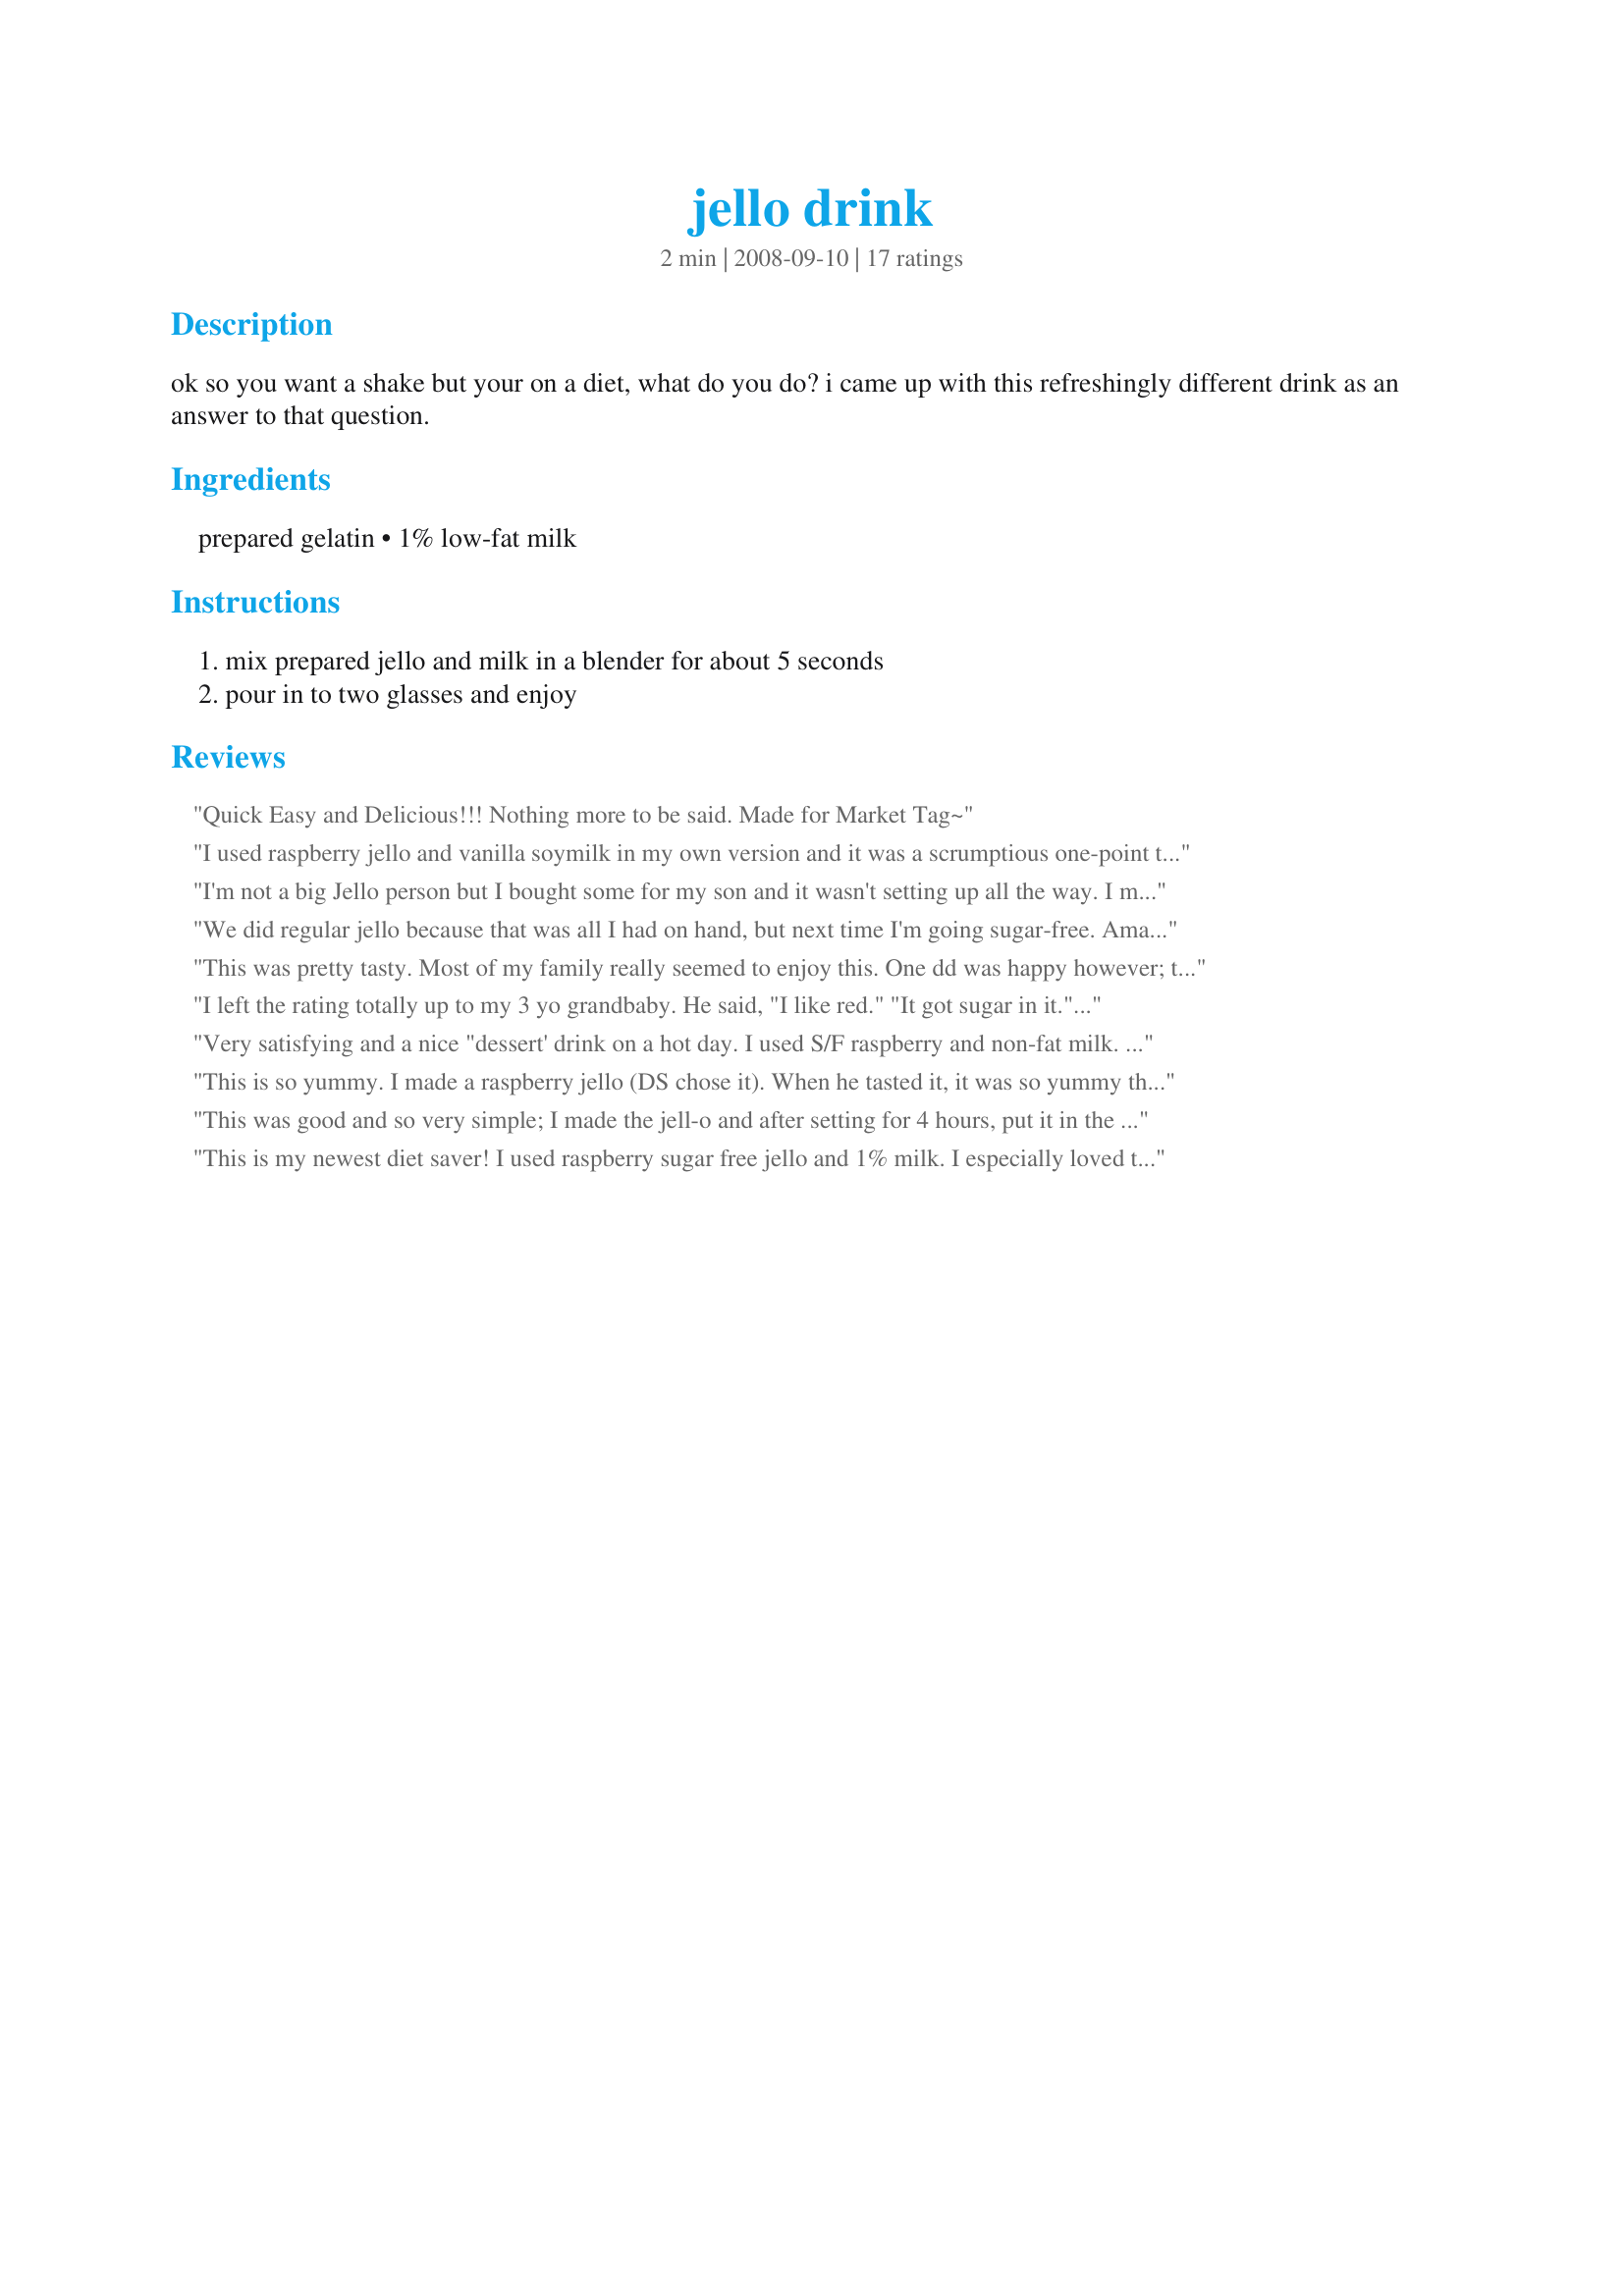
jello drink
Preparation time: 2 minutes

ok so you want a shake but your on a diet, what do you do? i came up with this refreshingly different drink as an answer to that question.

Ingredients:
prepared gelatin, 1% low-fat milk

Steps:
mix prepared jello and milk in a blender for about 5 seconds, pour in to two glasses and enjoy

Reviews:
Quick Easy and Delicious!!! Nothing more to be said. Made for Market Tag~
I used raspberry jello and vanilla soymilk in my own version and it was a scrumptious one-point treat. Now I want to find orange sugar-free jello to make a creamsicle. Thanks for a nifty snack to add to my low point repertoire.
I'm not a big Jello person but I bought some for my son and it wasn't setting up all the way. I must of added to much water or something lool. This is a great drink for when that happens or just in general. I did add some frozen mixed berries for a little slush cause of the heat. Thanks made for Ramadan Tag 09.
We did regular jello because that was all I had on hand, but next time I'm going sugar-free. Amazingly filling for the calories. Thanks Debbwl!
This was pretty tasty. Most of my family really seemed to enjoy this. One dd was happy however; to share her severing with her siblings. I am not a fan of Jell-O either, but I did like this. Made and Reviewed for the 29th AUS/NZ Recipe Swap.
I left the rating totally up to my 3 yo grandbaby. He said, "I like red." "It got sugar in it." "Look, I got a mustach." After which he drank it all up. I'd say that's equates to a five star recipe! Made for Everyday is a Holiday.
Very satisfying and a nice "dessert' drink on a hot day. I used S/F raspberry and non-fat milk. Looking forward to trying it with orange or lime jello.
This is so yummy. I made a raspberry jello (DS chose it). When he tasted it, it was so yummy that he started to dance with a big smile. Thanks Debbwl :) Made for Holiday tag game
This was good and so very simple; I made the jell-o and after setting for 4 hours, put it in the blender with 2 percent milk (what I had on hand) and about 12 ice cubes. Lovely! And DS wanted more :D. Thanks for sharing, Debbwl!
This is my newest diet saver! I used raspberry sugar free jello and 1% milk. I especially loved the thickness from the jello without the calories of a syrup- it was substantial enough to tide me over until a late dinner. Next time I'll try adding a little frozen yoghurt! Thanks for a keeper!
A different kind of smoothie! I cut the recipe in half for 1 serving; note that one .32oz box jello makes 2 cups. I used unsweetened soy milk and sugar free raspberry jello (my favorite). I blended the ingredients for a total of 15 seconds and it turned into a light fluffy mousse that you could totally serve for a dessert with a strawberry on top as a garnish. I ate it with a spoon and it was good. Made for VEG*N SWAP.
This is sooo good!! I used sugar-free cherry jello and 1% milk. The possibilities are endless and this is the first time my 4yr DS said he liked jello!! Made for Photo Tag (24hour rule).
A nice new way to have a beverage in warm summer months. I used orange jello (s/f) and 1% milk for my kids. My son loved it and thought it was pretty cool. I remember as a kid when mom would make jello we would pour a bit of milk over our bowl and add some sliced fruit as a dessert and this is exactly what it reminds me of. Thanks for the memory and a new drink for my kids! :)
I liked it! I used sugar-free orange jello. It was very filling and refreshing for the low calories, but I wished it had more flavor. Thanks for posting Debbwl.
This was a fun and light way to make a smoothie! Made with raspberry jello and 1% milk. Thanks! :)
Made for Holiday Tag.
I used watermelon jello and 2% milk.Blended for about 20 seconds to make a dessert rather than a drink...it surprised me how it jelled so quickly.Its refreshing and fun!
My kids loved this treat! Thank you so much fir this recipe.
